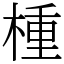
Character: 㮔